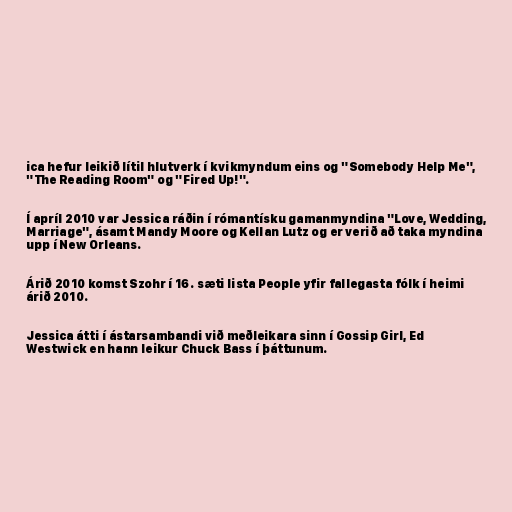
ica hefur leikið lítil hlutverk í kvikmyndum eins og "Somebody Help Me",
"The Reading Room" og "Fired Up!".

Í apríl 2010 var Jessica ráðin í rómantísku gamanmyndina "Love, Wedding,
Marriage", ásamt Mandy Moore og Kellan Lutz og er verið að taka myndina
upp í New Orleans.

Árið 2010 komst Szohr í 16. sæti lista People yfir fallegasta fólk í heimi
árið 2010.

Jessica átti í ástarsambandi við meðleikara sinn í Gossip Girl, Ed
Westwick en hann leikur Chuck Bass í þáttunum.